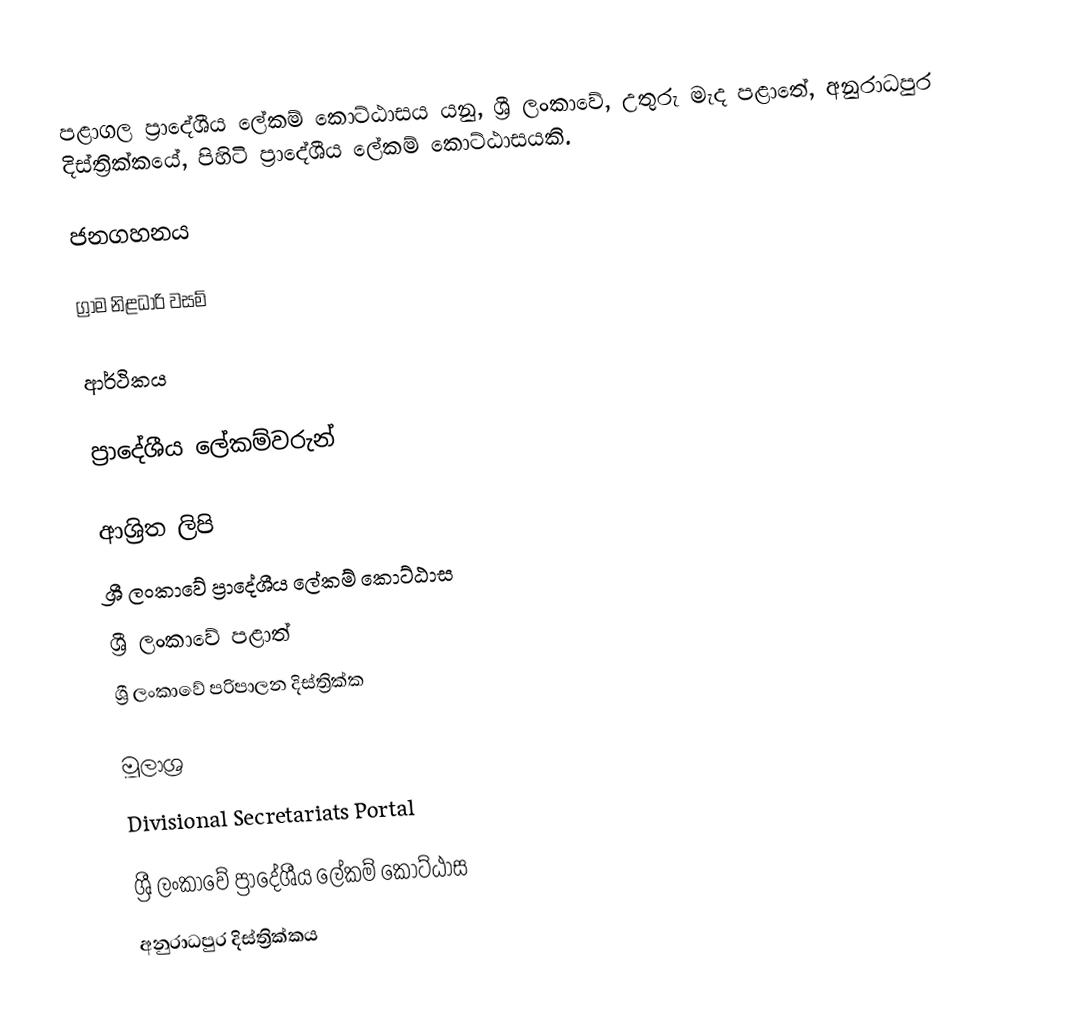
පළාගල ප්‍රාදේශීය ලේකම් කොට්ඨාසය යනු,  ශ්‍රී ලංකාවේ,  උතුරු මැද පළාතේ,   අනුරාධපුර දිස්ත්‍රික්කයේ, පිහිටි ප්‍රාදේශීය ලේකම් කොට්ඨාසයකි.

ජනගහනය

ග්‍රාම නිළධාරි වසම්

ආර්ථිකය

ප්‍රාදේශීය ලේකම්වරුන්

ආශ්‍රිත ලිපි
ශ්‍රී ලංකාවේ ප්‍රාදේශීය ලේකම් කොට්ඨාස
ශ්‍රී ලංකාවේ පළාත්
ශ්‍රී ලංකාවේ පරිපාලන දිස්ත්‍රික්ක

මූලාශ්‍ර
 Divisional Secretariats Portal

ශ්‍රී ලංකාවේ ප්‍රාදේශීය ලේකම් කොට්ඨාස
අනුරාධපුර දිස්ත්‍රික්කය